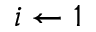
i \gets 1